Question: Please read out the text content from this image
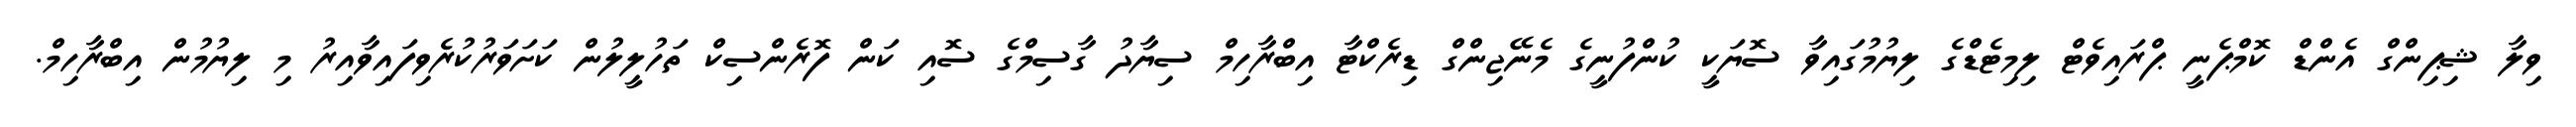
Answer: ވިލާ ޝިޕިންގް އެންޑް ކޮމްޕެނީ ޕްރައިވެޓް ލިމިޓެޑްގެ ލިޔުމުގައިވާ ސޮޔަކީ ކުންފުނީގެ މެނޭޖިންގް ޑިރެކްޓާ އިބްރާހިމް ސިޔާދު ގާސިމްގެ ސޮއި ކަން ފޮރެންސިކް ތަހުލީލުން ކަށަވަރުކުރެވިފައިވާއިރު މި ލިޔުމުން އިބްރާހިމް.